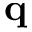
\mathbf { q }